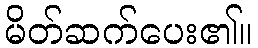
မိတ်ဆက်ပေး၏။